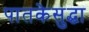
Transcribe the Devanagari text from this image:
पातकेसुद्धा